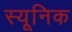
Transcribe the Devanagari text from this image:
स्यूनिक